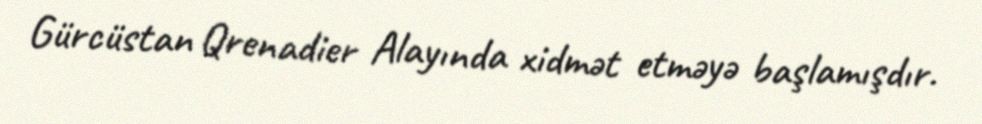
Gürcüstan Qrenadier Alayında xidmət etməyə başlamışdır.